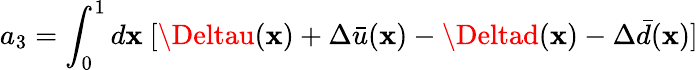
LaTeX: a_{3}=\int_{0}^{1}d\mathbf{x}~[\Deltau(\mathbf{x})+\Delta\bar{{u}}(\mathbf{x})-\Deltad(\mathbf{x})-\Delta\bar{{d}}(\mathbf{x})]